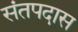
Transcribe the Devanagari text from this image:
संतपदास